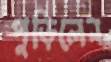
পুড়িলেন